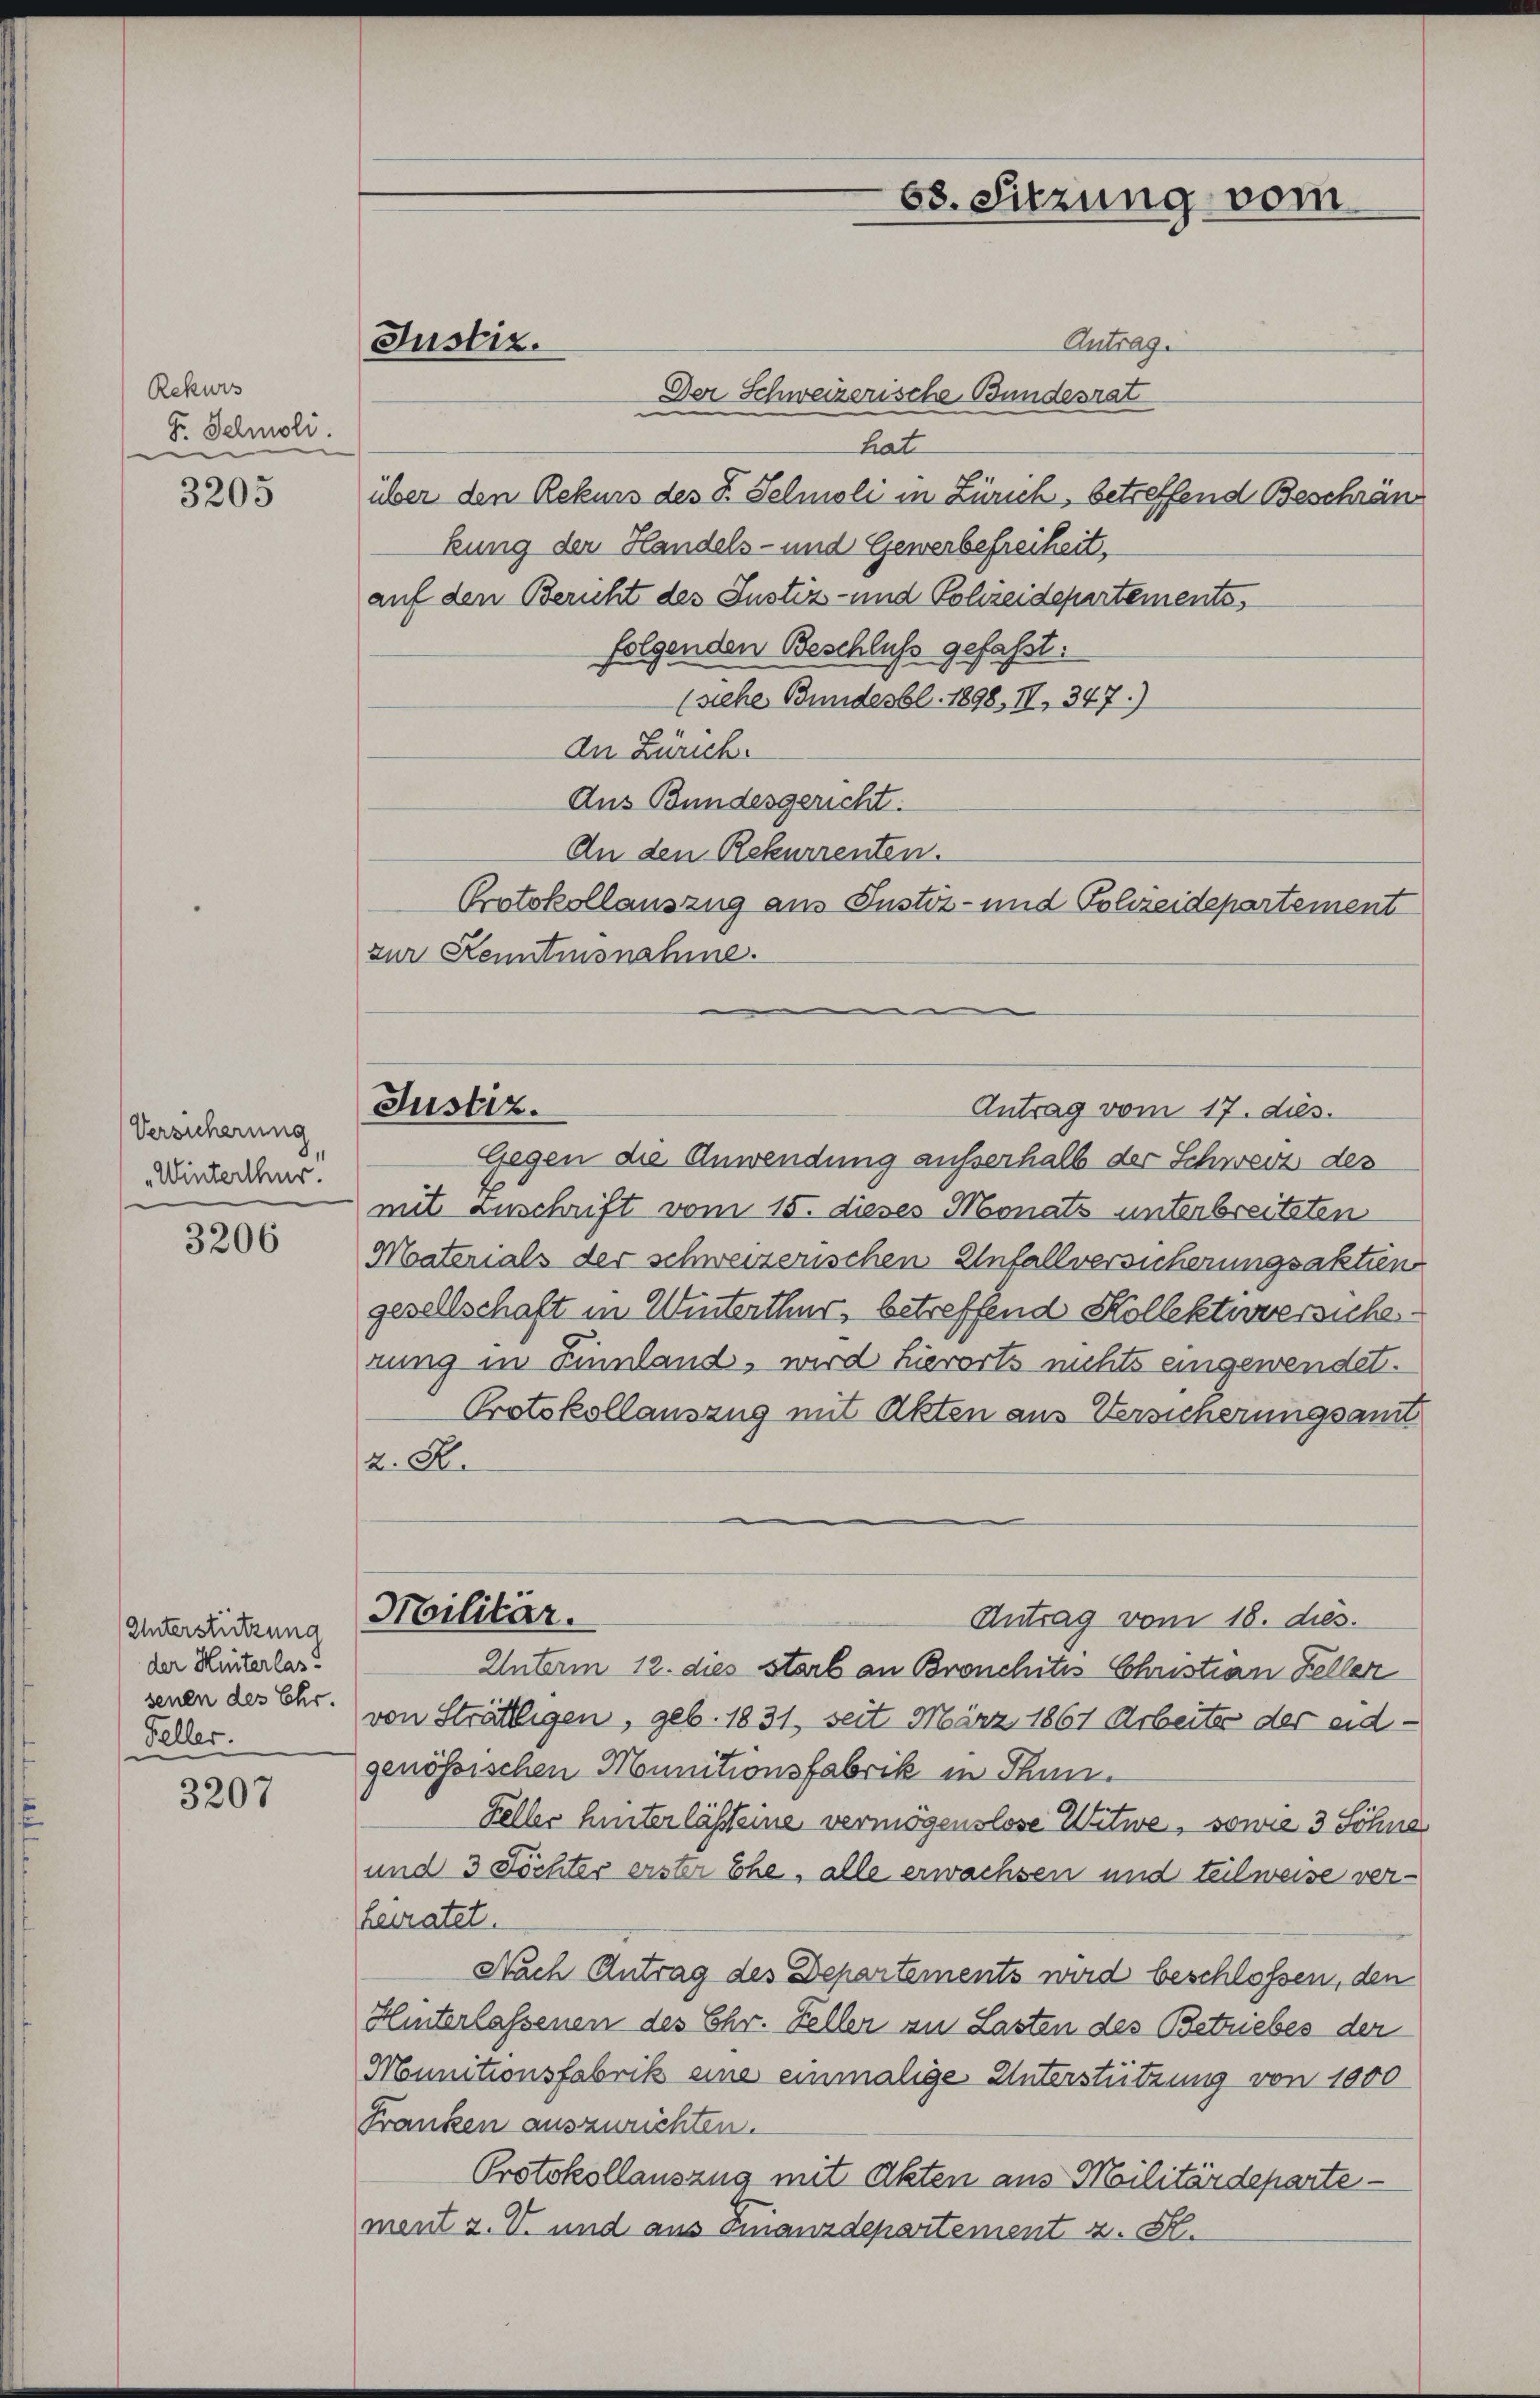
Rekurs
Fr. Schmoli.

3205

Versicherung
Winterthur.

3206

Unterstützung
der Hinterlas!
senen des Ehr.
Feller.

3207

Justiz.

Antrag.
Der Schweizerische Bundesrat
hat
über den Rekurs des P. Selmoli in Zürich, betreffend Beschränkung der Handels- und Gewerbefreiheit,
auf den Bericht des Justiz- und Polizeidepartements,
folgenden Beschluss gefaßt.
(siehe Bundesbl. 1898, II 347.)
An Zürich.
Aus Bundesgericht.
An den Rekurrenten.
Protokollauszug aus Justiz- und Polizeidepartement
zur Kenntnisnahme.

Justiz.

z. R.

Militär.

68. Sitzung vom

Antrag vom 17. ds.

Gegen die Anwendung aufserhalb der Schweiz des
mit anschrift vom 15. dieses Monats unterbreiteten
Materials der schweizerischen Unfallversicherungsakten
gesellschaft in Winterthur, betreffend Kollektiversiche
rung in Finnland, wird hierorts nichts eingewendet.
Protokollauszug mit Akten aus Versicherungsant
Antrag vom 18. dies.
Unterm 12. dies starb an Bronchitis Christian Feller
von Strättigen, geb. 1831, seit März 1861 Arbeiter der eidgenössischen Mounitionsfabrik in Thun.
Feller hinter lässteine vermögenslose Witwe, sowie 3 Söhne
und 3 Töchter erster Ehe, alle erwachsen und teilweise verheiratet.
Nach Antrag des Departements wird beschlossen, den
Hinterlassenen des Chr. Feller an Lasten des Betriebes der
Munitionsfabrik eine einmalige Unterstützung von 1000
Franken auszurichten.
Protokollauszug mit Akten aus Militärdeparte
ment z. V. und aus Finanzdepartement z. S.